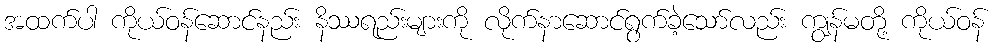
အထက်ပါ ကိုယ်ဝန်ဆောင်နည်း နိဿရည်းများကို လိုက်နာဆောင်ရွက်ခဲ့သော်လည်း ကျွန်မတို့ ကိုယ်ဝန်